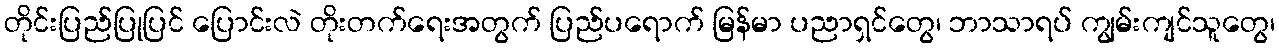
တိုင်းပြည်ပြုပြင် ပြောင်းလဲ တိုးတက်ရေးအတွက် ပြည်ပရောက် မြန်မာ ပညာရှင်တွေ၊ ဘာသာရပ် ကျွမ်းကျင်သူတွေ၊